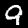
Label: 9